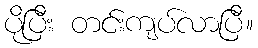
ပိုပြီး တင်းကျပ်လာပြီ။